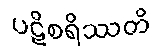
ပဋိစရိဿတိ